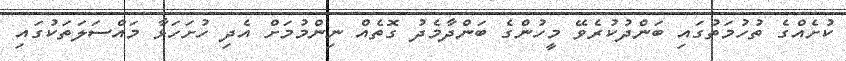
ކުށެއްގެ ތުހުމަތުގައި ބަންދުކުރެވޭ މީހުންގެ ބަންދާމެދު ގޮތެއް ނިންމުމަށް އެދި ހުށަހަޅާ މައްސަލަތަކުގައި